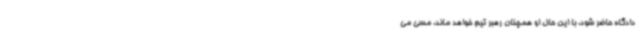
دادگاه حاضر شود. با این حال او همچنان رهبر تیم خواهد ماند. مسی می